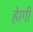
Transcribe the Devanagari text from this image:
हेागी